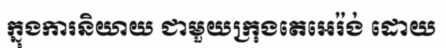
ក្នុងការនិយាយ ជាមួយក្រុងតេអេរ៉ង់ ដោយ